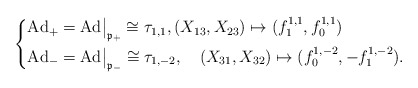
\begin{align*}\left\{\begin{aligned}&\textrm{Ad}_+=\textrm{Ad}\big|_{\frak{p_+}}\cong \tau_{1,1},(X_{13}, X_{23})\mapsto (f^{1,1}_1, f^{1,1}_0)\\&\textrm{Ad}_-=\textrm{Ad}\big|_{\frak{p_-}}\cong \tau_{1,-2},\quad(X_{31}, X_{32})\mapsto (f^{1,-2}_0, - f^{1,-2}_1).\end{aligned}\right.\end{align*}